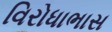
વિરોધાભાસ